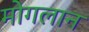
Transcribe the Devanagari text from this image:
मोगलान